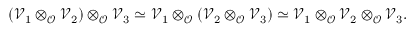
( \mathcal V _ { 1 } \otimes _ { \mathcal { O } } \mathcal { V } _ { 2 } ) \otimes _ { \mathcal { O } } \mathcal V _ { 3 } \simeq \mathcal V _ { 1 } \otimes _ { \mathcal { O } } ( \mathcal { V } _ { 2 } \otimes _ { \mathcal { O } } \mathcal V _ { 3 } ) \simeq \mathcal V _ { 1 } \otimes _ { \mathcal { O } } \mathcal { V } _ { 2 } \otimes _ { \mathcal { O } } \mathcal V _ { 3 } .